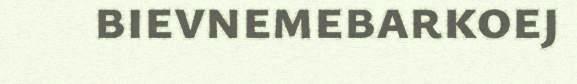
bievnemebarkoej